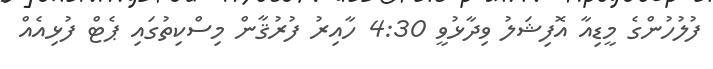
ފުލުހުންގެ މީޑިއާ އޮފިޝަލު ވިދާޅުވީ 4:30 ހާއިރު ފުރުޤާން މިސްކިތުގައި ޕެޓް ފުޅިއެއް